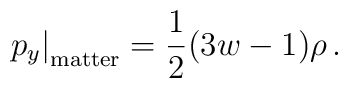
\left. p_y \right|_\mathrm{matter} = \frac{1}{2} (3w-1) \rho\,.